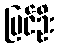
ပြင်ဦး